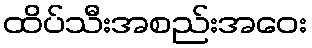
ထိပ်သီးအစည်းအဝေး